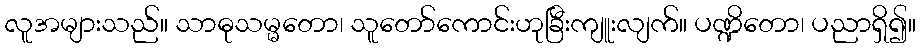
လူအများသည်။ သာဓုသမ္မတော၊ သူတော်ကောင်းဟုခြီးကျူးလျက်။ ပဏ္ဍိတော၊ ပညာရှိ၍။